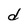
Character: d